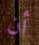
أن